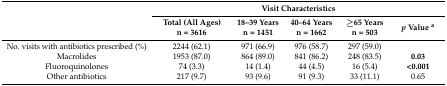
| <ROWSPAN=2>  | <COLSPAN=5> Visit Characteristics |
 | Total(All Ages)n = 3616 | 18–39 Yearsn = 1451 | 40–64 Yearsn = 1662 | ≥65 Yearsn = 503 | p Value a |
 | --- | --- | --- | --- | --- | --- |
 | No. visits with antibiotics prescribed (%) | 2244 (62.1) | 971 (66.9) | 976 (58.7) | 297 (59.0) |  |
 | Macrolides | 1953 (87.0) | 864 (89.0) | 841 (86.2) | 248 (83.5) | 0.03 |
 | Fluoroquinolones | 74 (3.3) | 14 (1.4) | 44 (4.5) | 16 (5.4) | <0.001 |
 | Other antibiotics | 217 (9.7) | 93 (9.6) | 91 (9.3) | 33 (11.1) | 0.65 |